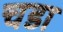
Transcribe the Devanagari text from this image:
चडा